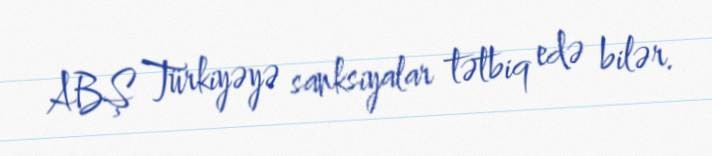
ABŞ Türkiyəyə sanksiyalar tətbiq edə bilər.